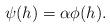
LaTeX: \begin{align*} \begin{aligned}\psi(h)=\alpha \phi(h). \end{aligned} \end{align*}